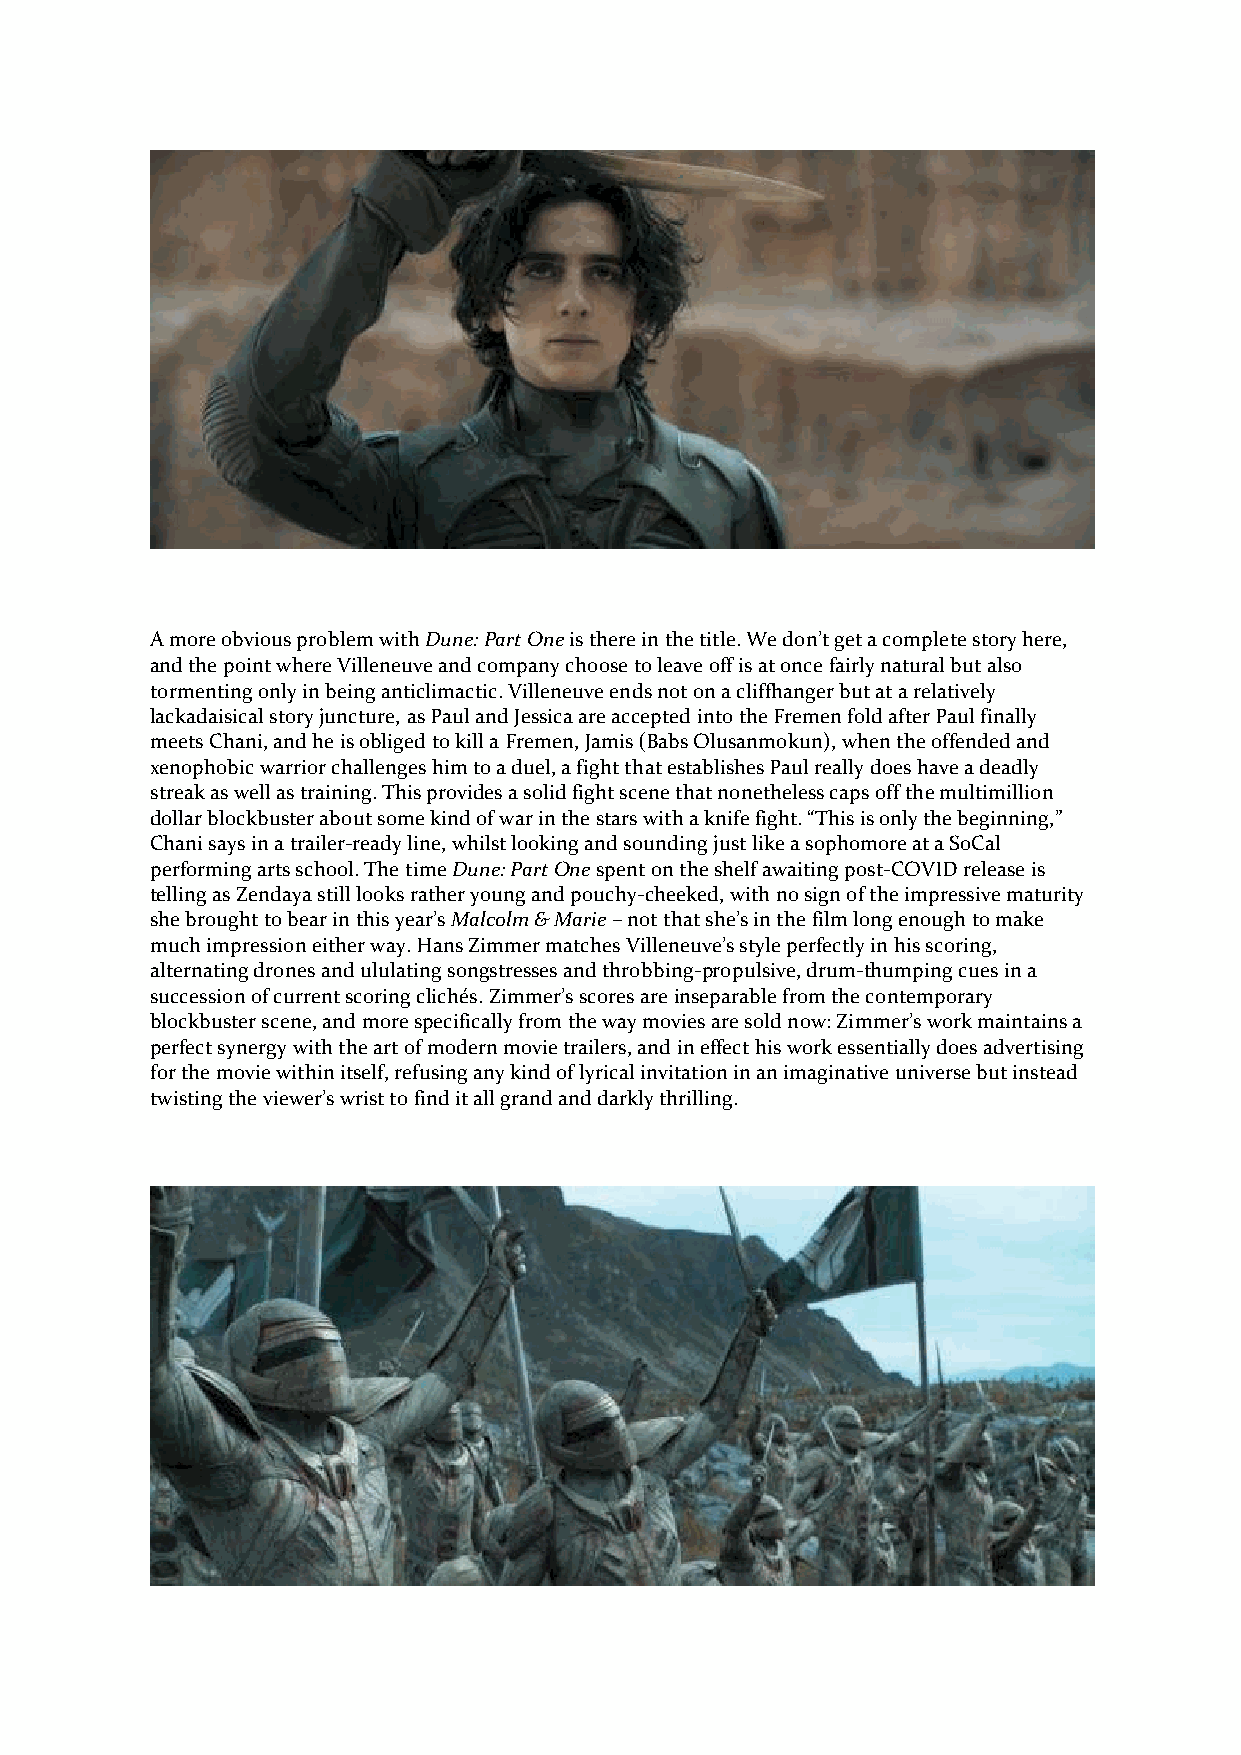
A more obvious problem with Dune: Part One is there in the title. We don’t get a complete story here,
 and the point where Villeneuve and company choose to leave off is at once fairly natural but also
 tormenting only in being anticlimactic. Villeneuve ends not on a cliffhanger but at a relatively
 lackadaisical story juncture, as Paul and Jessica are accepted into the Fremen fold after Paul finally
 meets Chani, and he is obliged to kill a Fremen, Jamis (Babs Olusanmokun), when the offended and
 xenophobic warrior challenges him to a duel, a fight that establishes Paul really does have a deadly
 streak as well as training. This provides a solid fight scene that nonetheless caps off the multimillion
 dollar blockbuster about some kind of war in the stars with a knife fight. “This is only the beginning,”
 Chani says in a trailer-ready line, whilst looking and sounding just like a sophomore at a SoCal
 performing arts school. The time Dune: Part One spent on the shelf awaiting post-COVID release is
 telling as Zendaya still looks rather young and pouchy-cheeked, with no sign of the impressive maturity
 she brought to bear in this year’s Malcolm & Marie – not that she’s in the film long enough to make
 much impression either way. Hans Zimmer matches Villeneuve’s style perfectly in his scoring,
 alternating drones and ululating songstresses and throbbing-propulsive, drum-thumping cues in a
 succession of current scoring clichés. Zimmer’s scores are inseparable from the contemporary
 blockbuster scene, and more specifically from the way movies are sold now: Zimmer’s work maintains a
 perfect synergy with the art of modern movie trailers, and in effect his work essentially does advertising
 for the movie within itself, refusing any kind of lyrical invitation in an imaginative universe but instead
 twisting the viewer’s wrist to find it all grand and darkly thrilling.